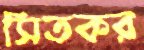
সিতকর